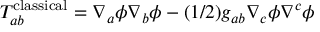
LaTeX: T _ { a b } ^ { \mathrm { c l a s s i c a l } } = \nabla _ { a } \phi \nabla _ { b } \phi - ( 1 / 2 ) g _ { a b } \nabla _ { c } \phi \nabla ^ { c } \phi